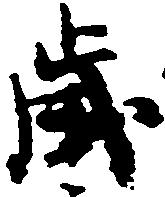
歳